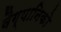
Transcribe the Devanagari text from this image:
वैग्यानिको